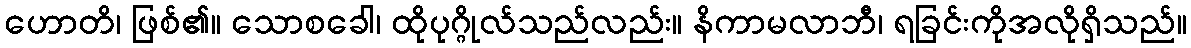
ဟောတိ၊ ဖြစ်၏။ သောစခေါ၊ ထိုပုဂ္ဂိုလ်သည်လည်း။ နိကာမလာဘီ၊ ရခြင်းကိုအလိုရှိသည်။